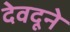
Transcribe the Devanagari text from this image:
देवदूने